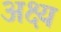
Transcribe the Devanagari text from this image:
अक्ष्य